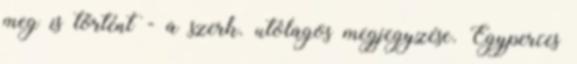
meg is történt - a szerk. utólagos megjegyzése. Egyperces